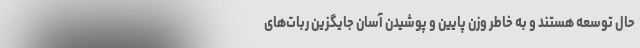
حال توسعه هستند و به خاطر وزن پایین و پوشیدن آسان جایگزین ربات‌های